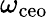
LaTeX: \omega_{\mathrm{ceo}}